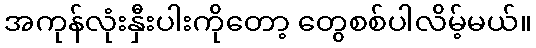
အကုန်လုံးနှီးပါးကိုတော့ တွေစစ်ပါလိမ့်မယ်။